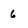
Character: 6